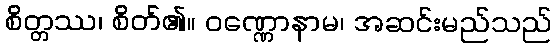
စိတ္တဿ၊ စိတ်၏။ ဝဏ္ဏောနာမ၊ အဆင်းမည်သည်